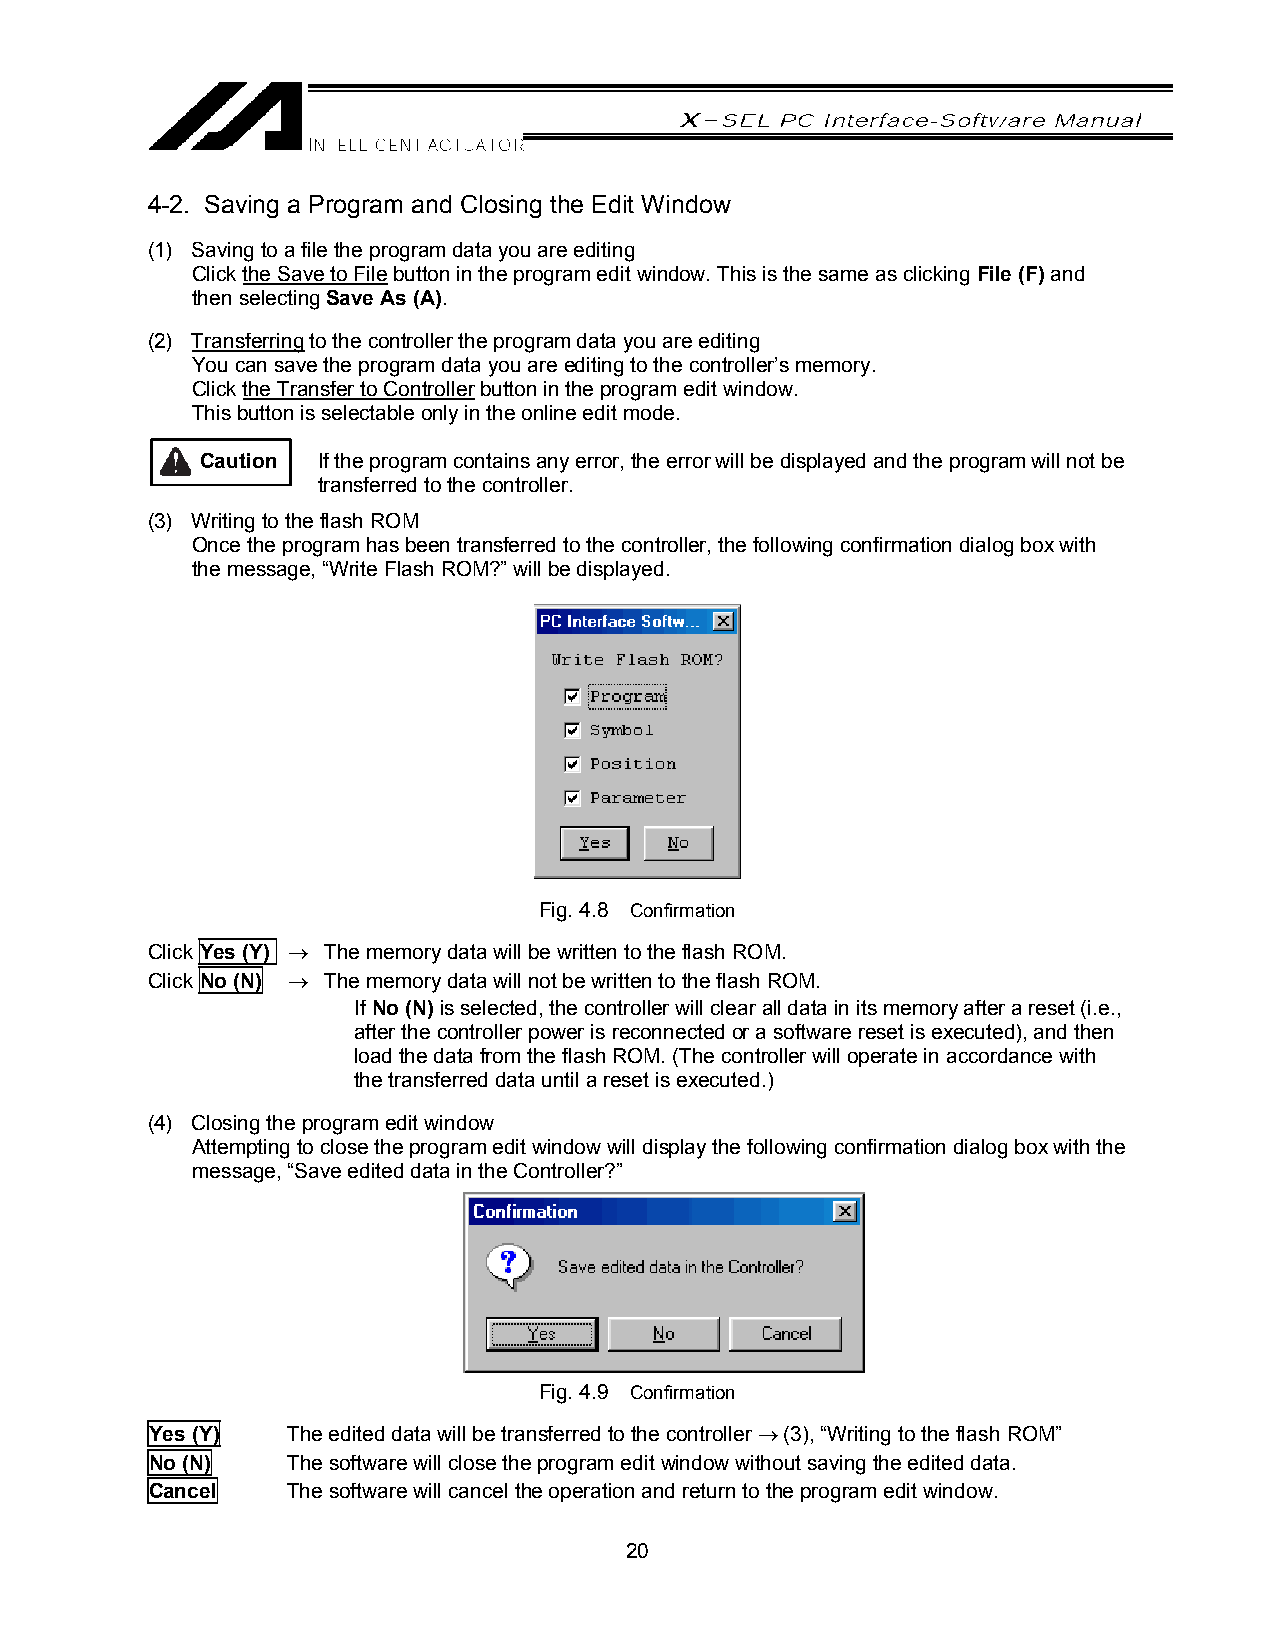
4-2. Saving a Program and Closing the Edit Window
 (1) Saving to a file the program data you are editing
 Click the Save to File button in the program edit window. This is the same as clicking File (F) and
 then selecting Save As (A).
 (2) Transferring to the controller the program data you are editing
 You can save the program data you are editing to the controller’s memory.
 Click the Transfer to Controller button in the program edit window.
 This button is selectable only in the online edit mode.
 Caution If the program contains any error, the error will be displayed and the program will not be
 transferred to the controller.
 (3) Writing to the flash ROM
 Once the program has been transferred to the controller, the following confirmation dialog box with
 the message, “Write Flash ROM?” will be displayed.
 Fig. 4.8 Confirmation
 Click Yes (Y) → The memory data will be written to the flash ROM.
 Click No (N) → The memory data will not be written to the flash ROM.
 If No (N) is selected, the controller will clear all data in its memory after a reset (i.e.,
 after the controller power is reconnected or a software reset is executed), and then
 load the data from the flash ROM. (The controller will operate in accordance with
 the transferred data until a reset is executed.)
 (4) Closing the program edit window
 Attempting to close the program edit window will display the following confirmation dialog box with the
 message, “Save edited data in the Controller?”
 Fig. 4.9 Confirmation
 Yes (Y)  The edited data will be transferred to the controller → (3), “Writing to the flash ROM”
 No (N)   The software will close the program edit window without saving the edited data.
 Cancel   The software will cancel the operation and return to the program edit window.
 20